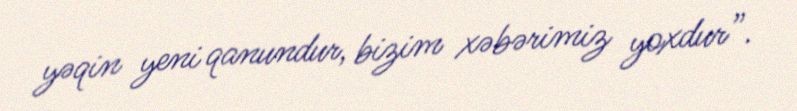
yəqin yeni qanundur, bizim xəbərimiz yoxdur”.